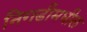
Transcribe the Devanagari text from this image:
निगडीमधील